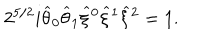
2 ^ { 5 / 2 } i \widehat { \theta } _ { 0 } \widehat { \theta } _ { 1 } \widehat { \xi } { } ^ { 0 } \widehat { \xi } { } ^ { 1 } \widehat { \xi } { } ^ { 2 } = 1 .